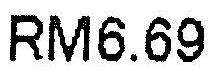
RM6.69